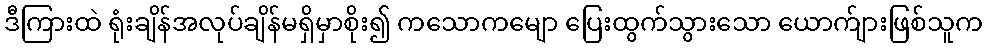
ဒီကြားထဲ ရုံးချိန်အလုပ်ချိန်မရှိမှာစိုး၍ ကသောကမျော ပြေးထွက်သွားသော ယောက်ျားဖြစ်သူက